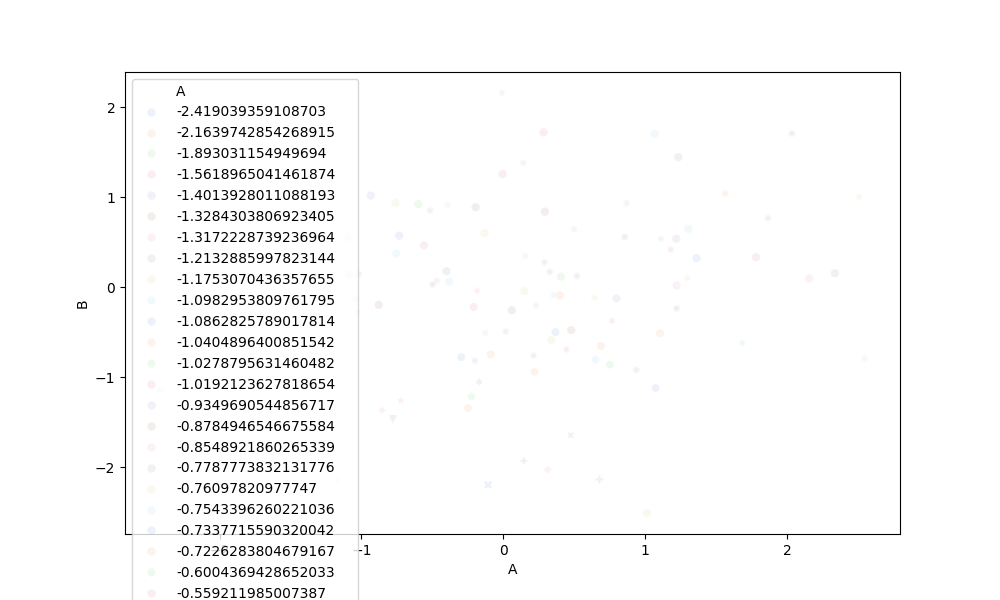
python, seaborn, scatterplot, hue='A', style='B', size='None', palette='muted', alpha=0.1